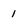
Character: I